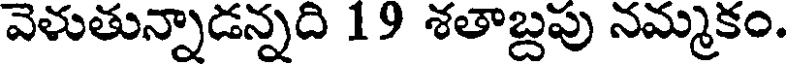
వెళుతున్నాడన్నది 19 శతాబ్దపు నమ్మకం.